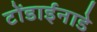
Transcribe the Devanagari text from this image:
टोंडाईनाडे